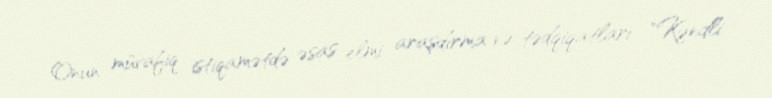
Onun müvafiq istiqamətdə əsas elmi araşdırma və tədqiqatları "Kəndli